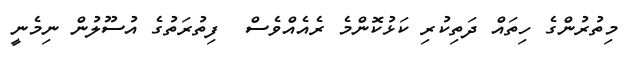
މިތުރުންގެ ހިތައް ދަތިކުރި ކަޅުކޮންމެ ރެއެއްވެސް  ފިތުރަތުގެ އުސޫލުން ނިމެނީ